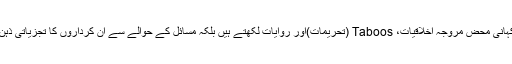
وہ تاریخ کے منظرنامے کا سٹیریو ٹائپ کردار نہیں ہوتا کہ جس کی کہانی محض مروّجہ اخلاقیات، Taboos (تحریمات)اور روایات لکھتے ہیں بلکہ مسائل کے حوالے سے اِن کرداروں کا تجزیاتی ذہن خود اپنے کردار کی نوعیت کو بدل دینے کا شدید خواہش مند ہوتا ہے۔